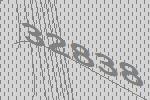
32838